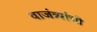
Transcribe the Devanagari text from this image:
वाजंत्र्यांची